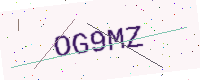
Text: OG9MZ